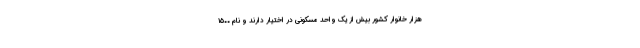
هزار خانوار کشور بیش از یک واحد مسکونی در اختیار دارند و نام ۱۵۰۰